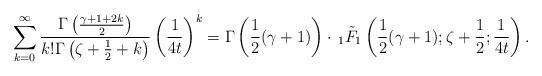
LaTeX: \begin{align*} & \sum_{k=0}^\infty \frac{\Gamma\left(\frac{\gamma+1+2k}{2}\right)}{k! \Gamma\left(\zeta+\frac12+k\right)}\left(\frac{1}{4t}\right)^k = \Gamma \left(\frac{1}{2}(\gamma+1)\right) \cdot \, _1{\tilde F}_1\left(\frac{1}{2}(\gamma+1);\zeta+\frac12;\frac{1}{4t}\right). \end{align*}